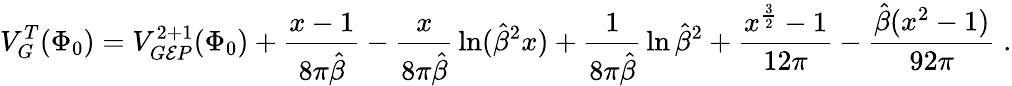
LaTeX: V_{G}^{T}(\Phi_{0})=V_{G\mathcal{E}P}^{2+1}(\Phi_{0})+\frac{{x-1}}{{8\pi\hat{{\beta}}}}-{\frac{{x}}{{8\pi\hat{{\beta}}}}}\ln({\hat{{\beta}}}^{2}x)+{\frac{{1}}{{8\pi\hat{{\beta}}}}}\ln{\hat{{\beta}}}^{2}+\frac{{x^{\frac{{3}}{{2}}}-1}}{{12\pi}}-\frac{{\hat{{\beta}}(x^{2}-1)}}{{92\pi}}\; .